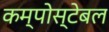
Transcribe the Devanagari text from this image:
कम्पोस्टेबल